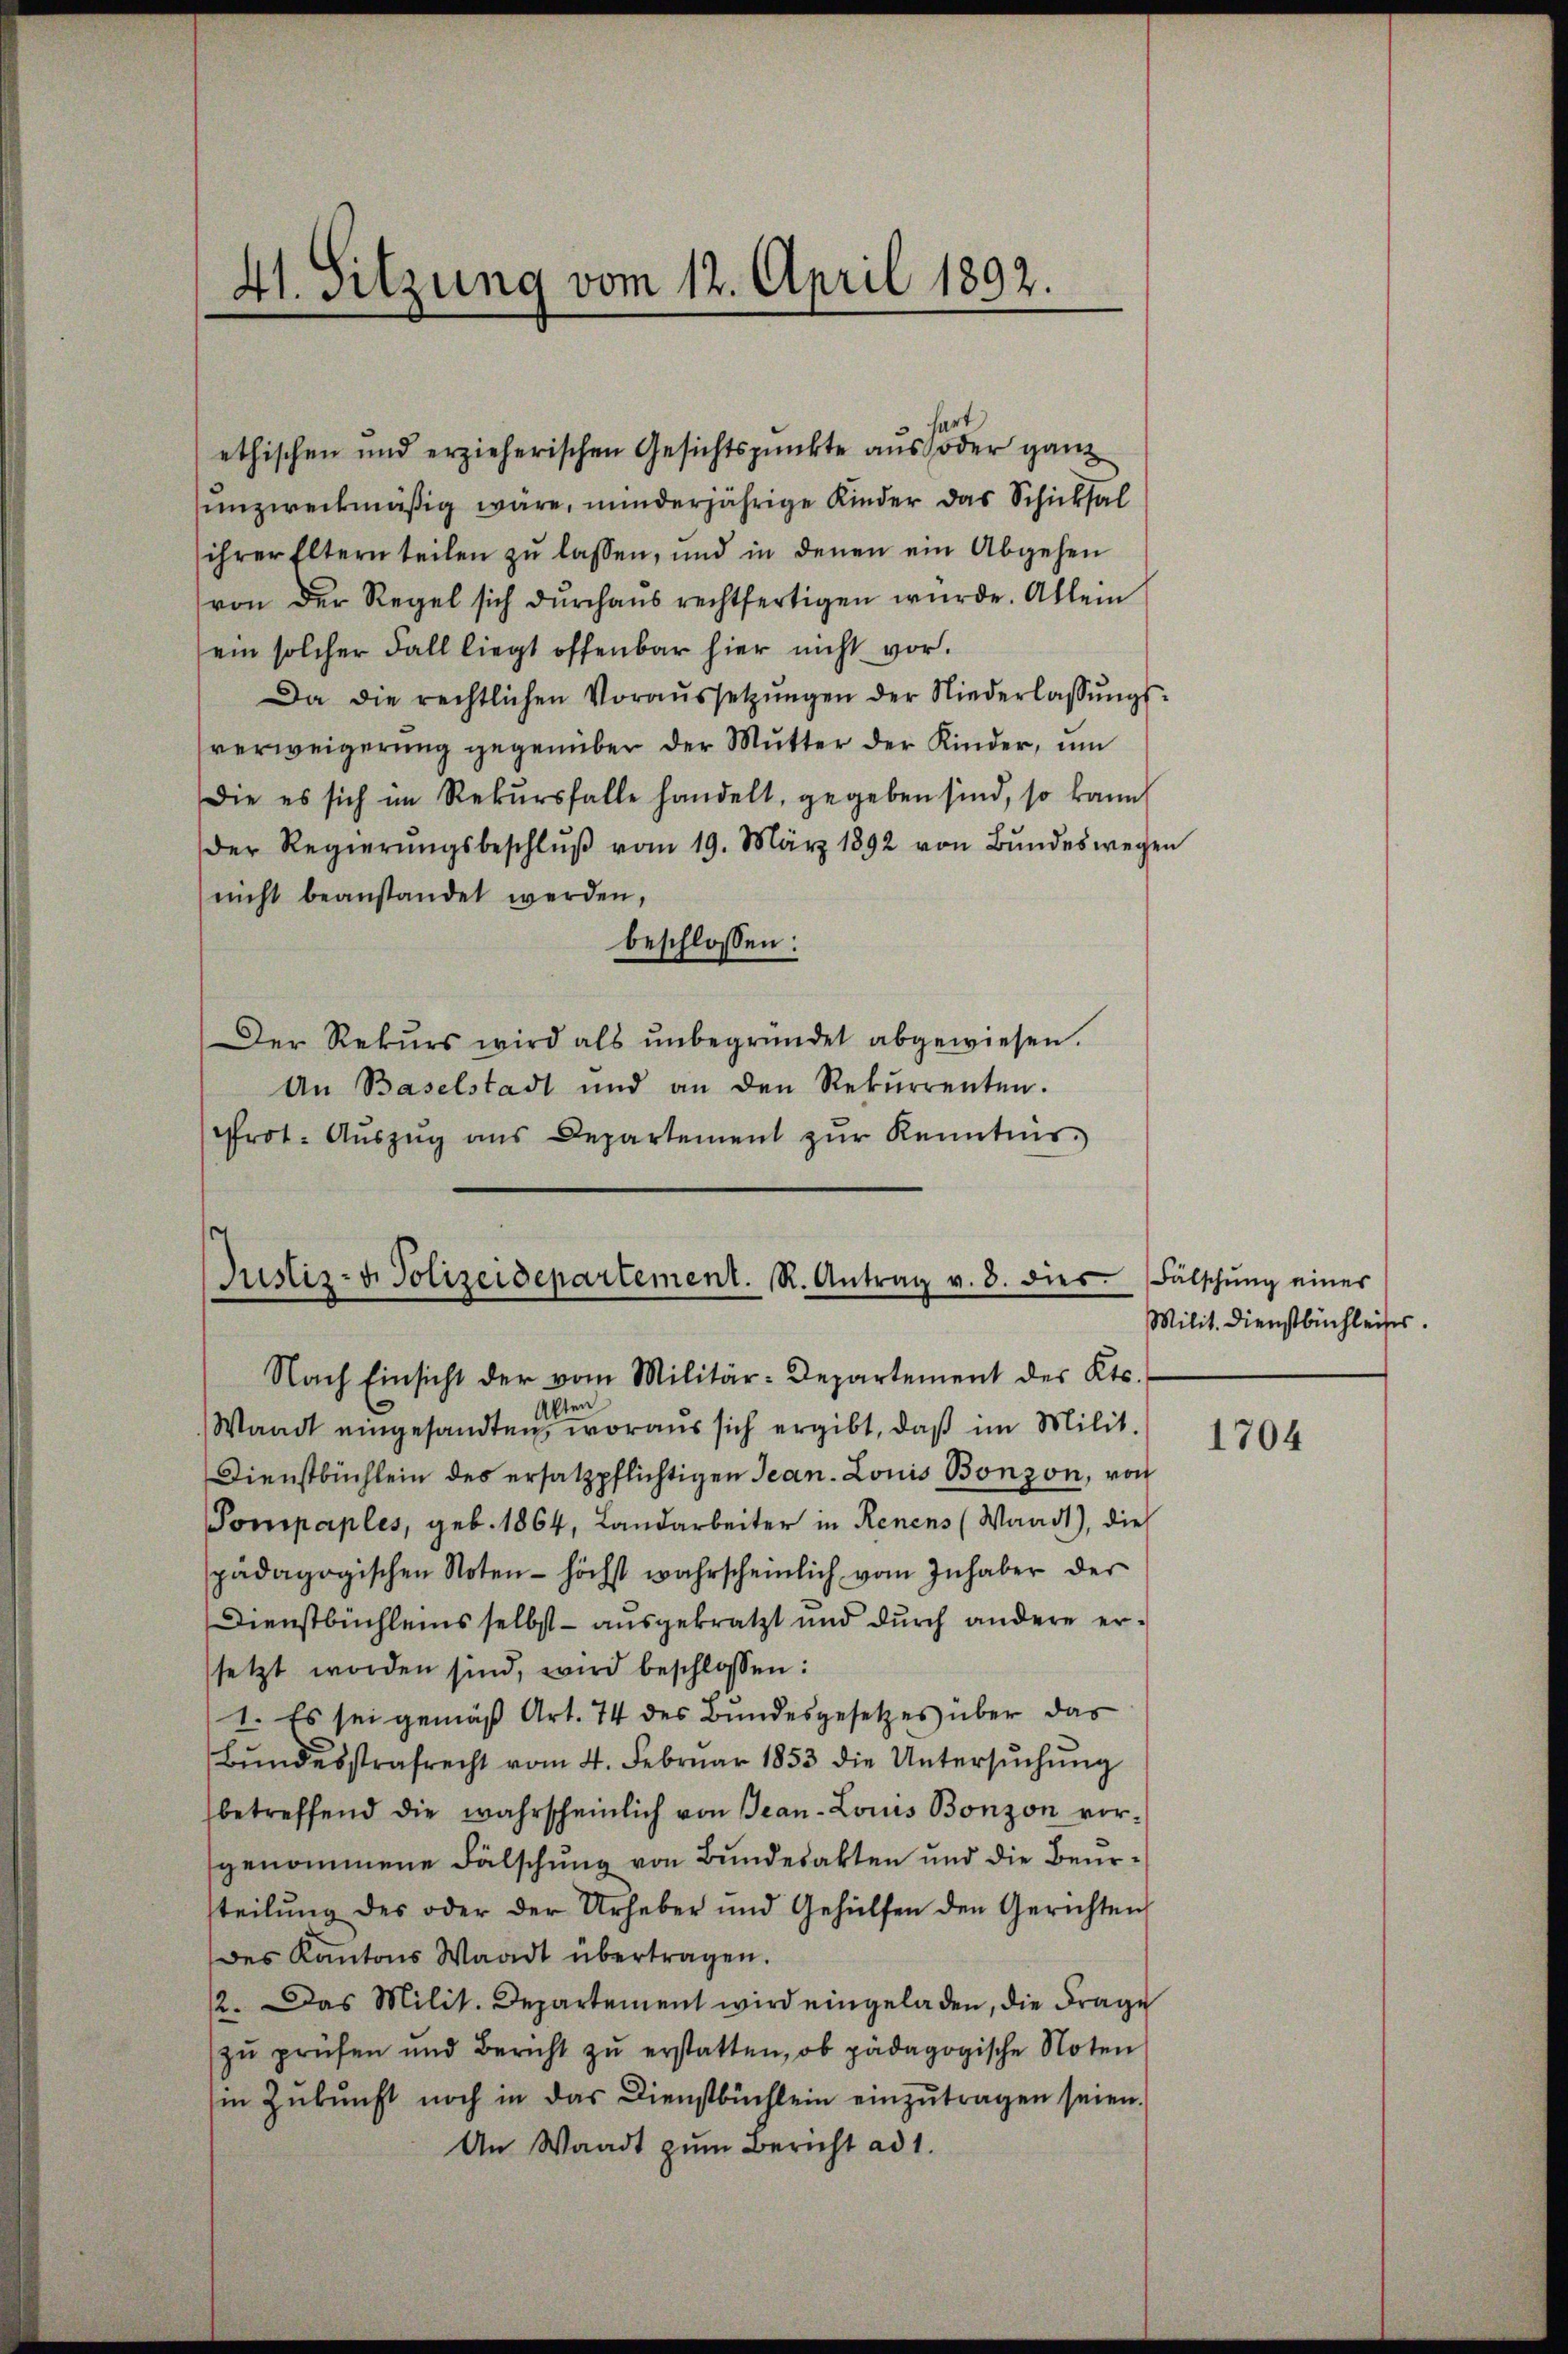
41. Sitzung vom 12. April 1892.

ethischen und erzieherischen Gesichtspunkte aus oder ganz
unzweckmäßig wäre, minderjährige Kinder das Schicksal
ihrer Eltern teilen zŭ lassen, und in denen ein Abgehen
von der Regel sich durchaus rechtfertigen wurde. Allein
ein solcher Fall liegt offenbar hier nicht vor.
Da die rechtlichen Voraŭssetzŭngen der Niederlassŭngs-
verweigerung gegenüber der Mutter der Kinder, um
Die es sich im Rekŭrsfalle handelt, gegeben sind, so kann
der Regierŭngsbeschlŭβ vom 19. März 1892 von Bŭndeswegen
nicht beanstandet werden,
beschlossen:
Der Rekŭrs wird als ŭnbegründet abgewiesen.
An Baselstadt und an den Rekurrenten.
rot. Aŭszŭg ans Departement zŭr Kenntnis.

Justiz- u. Polizeidepartement. R. Antrag v. 8. dies. Fälschŭng einer

Nach Einsicht der vom Militär-Departement des Kts.
Alten
Waadt eingesandten, woraus sich ergibt, daß im Milit.
Dienstbüchlein des ersatzpflichtigen Jean. Louis Bonzon, von
Pompaples, geb. 1864, Landarbeiter in Renens (Waadt), die
pädagogischen Noten - höchst wahrscheinlich vom Inhaber der
Dienstbüchleins selbst - ausgekratzt und durch andere ersetzt worden sind, wird beschlossen:
1. Es sei gemäß Art. 74 des Bundesgesetzes über das
Bŭndesstrafrecht vom 4. Februar 1853 die Untersŭchŭng
betreffend die wahrscheinlich von Jean-Louis Bonzon vorgenommene Fälschung von Bundesakten und die Beursteilŭng des oder der Urheber und Gehülfen den Gerichten
des Kantons Waadt übertragen.
12. Das Milit. Departement wird eingeladen, die Frage
zŭ prüfen und Bericht zŭ erstatten, ob pädagogische Noten
in Zŭkŭnft noch in das Dienstbüchlein einzŭtragen seien.
An Waadt zum Bericht ad 1.

Milit. Dienstbuchleises.

1704